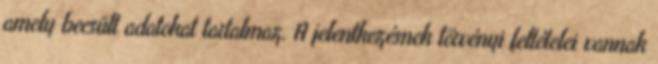
amely becsült adatokat tartalmaz. A jelentkezésnek törvényi feltételei vannak